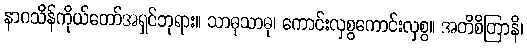
နာဂသိန်ကိုယ်တော်အရှင်ဘုရား။ သာဓုသာဓု၊ ကောင်းလှစွကောင်းလှစွ။ အတိစိတြာနိ၊